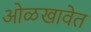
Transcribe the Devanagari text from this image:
ओळखावेत